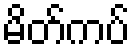
မိတ်ကပ်